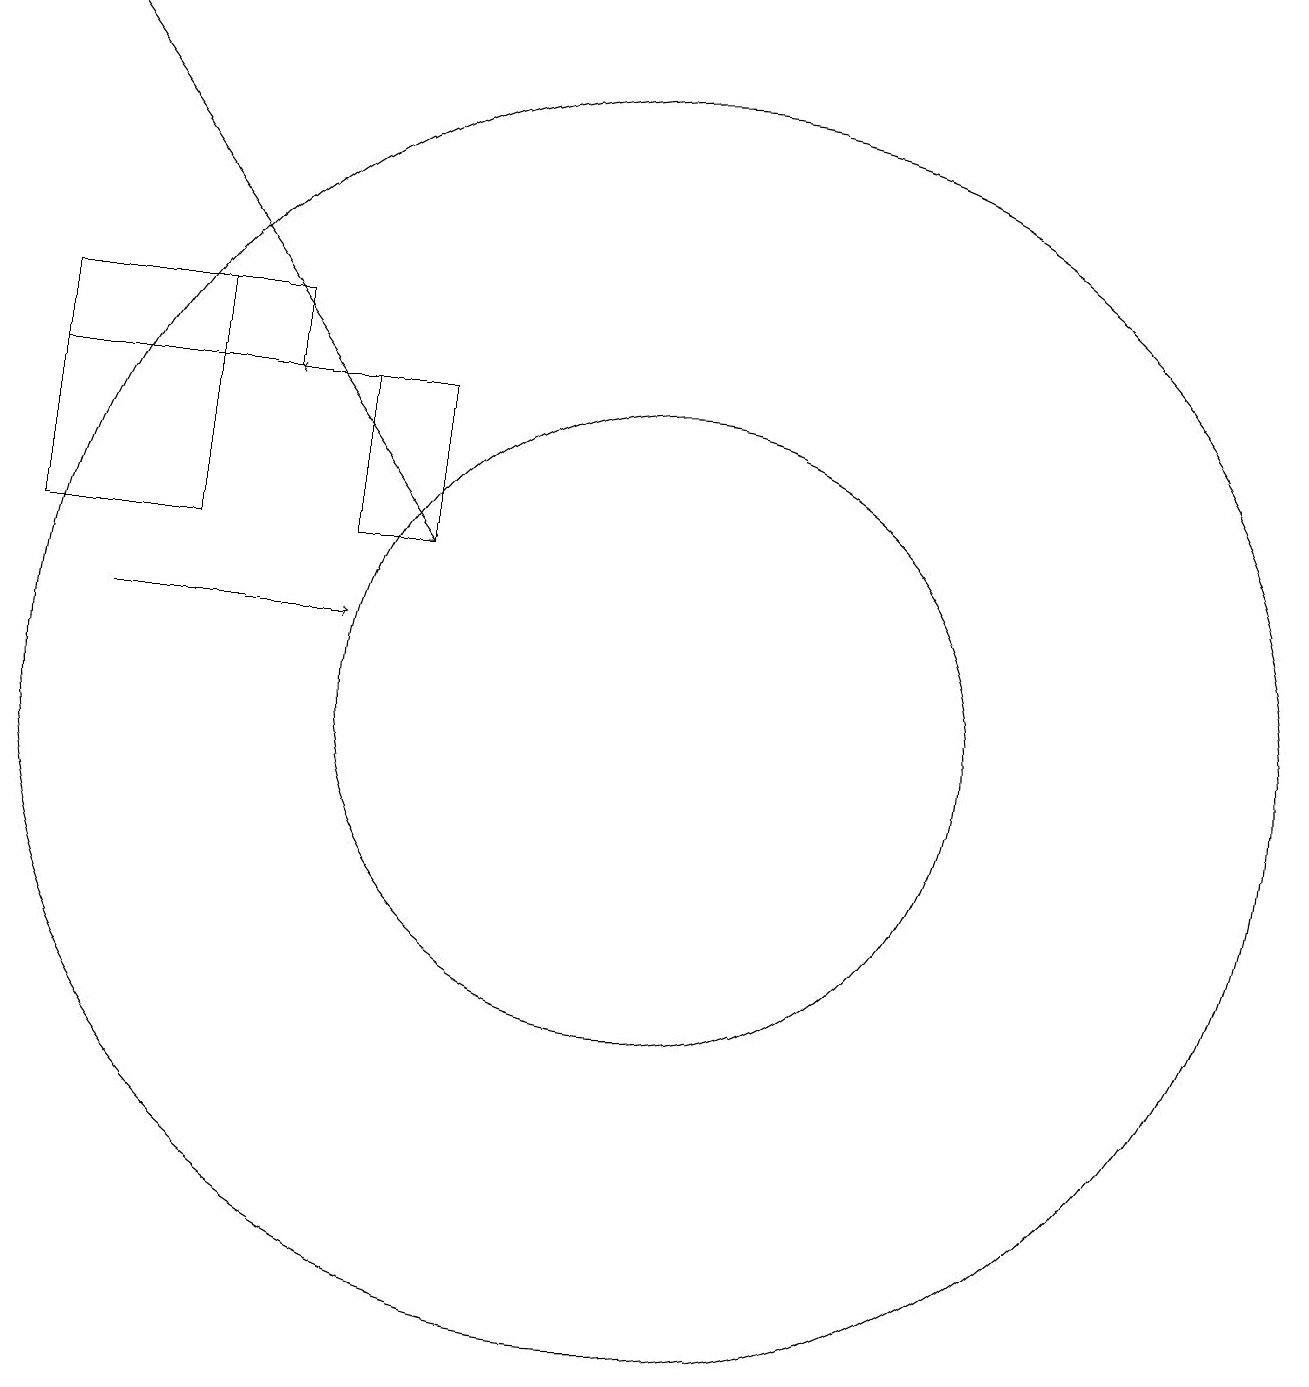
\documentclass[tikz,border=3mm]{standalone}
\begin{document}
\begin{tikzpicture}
\draw (11,10) circle (8);
\draw[->] (8,14) -- (6,14);
\draw[->] (3,19) -- (8,12);
\draw[->] (4,11) -- (7,11);
\draw (3,12) rectangle (5,15);
\draw (6,15) rectangle (3,14);
\draw (7,12) rectangle (8,14);
\draw (11,10) circle (4);
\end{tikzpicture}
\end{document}